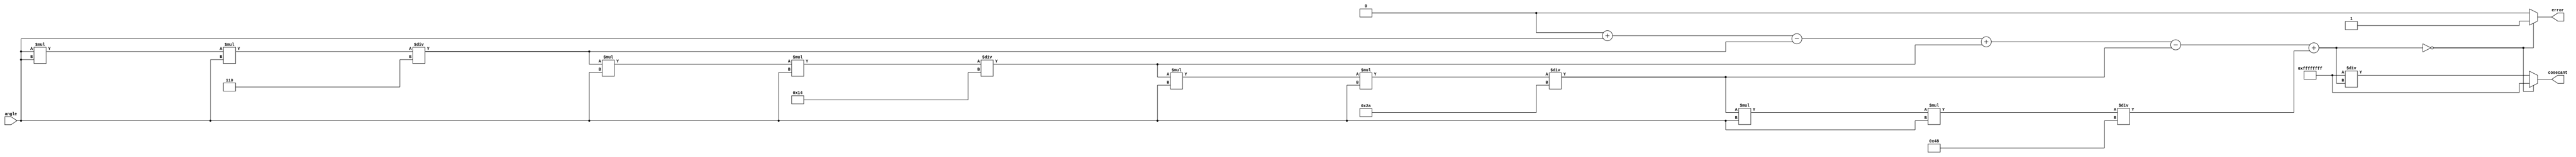
module Cosecant (
    input wire [15:0] angle,       // Input angle in radians (fixed-point)
    output reg [31:0] cosecant,    // Output cosecant value (fixed-point)
    output reg error               // Error flag for undefined cosecant
);

    // Internal signals
    wire [31:0] sine_value;
    reg [31:0] reciprocal;

    // Sine Calculation Unit (simple Taylor series approximation)
    function [31:0] sine;
        input [15:0] x;
        reg [31:0] term;
        reg [31:0] sum;
        integer i;
        begin
            sum = 0;
            term = x; // x is in radians
            for (i = 1; i <= 5; i = i + 1) begin // Calculate up to x^5
                if (i % 2 == 1) begin
                    sum = sum + term; // Add odd terms
                end else begin
                    sum = sum - term; // Subtract even terms
                end
                term = term * x * x / ((2 * i) * (2 * i + 1)); // x^(2n+1) / (2n+1)!
            end
            sine = sum; // Return sine value
        end
    endfunction

    // Calculate sine of the input angle
    assign sine_value = sine(angle);

    // Control Logic
    always @(*) begin
        // Reset outputs
        cosecant = 32'b0;
        error = 1'b0;

        // Check for zero sine value
        if (sine_value == 32'b0) begin
            error = 1'b1; // Set error flag
            cosecant = 32'hFFFFFFFF; // Output NaN or a predefined error value
        end else begin
            // Calculate reciprocal of sine
            reciprocal = 32'hFFFFFFFF / sine_value; // Integer division for fixed-point
            cosecant = reciprocal; // Output cosecant value
        end
    end

endmodule